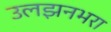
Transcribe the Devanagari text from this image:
उलझनभरा